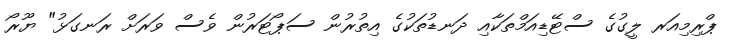
ޕްރިމިއަރ ލީގުގެ ސްޓޭޑިއަމްތަކާއި ދަނޑުތަކުގެ އިތުރުން ސަޕޯޓަރުން ވެސް ވަރަށް ރަނގަޅު" ޔޫރޯ